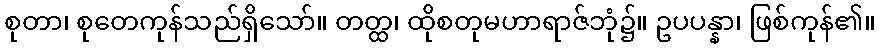
စုတာ၊ စုတေကုန်သည်ရှိသော်။ တတ္ထ၊ ထိုစတုမဟာရာဇ်ဘုံ၌။ ဥပပန္နာ၊ ဖြစ်ကုန်၏။